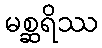
မစ္ဆရိဿ